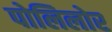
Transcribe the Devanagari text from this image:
पोलिलोर